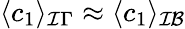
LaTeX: \langle c_{1}\rangle_{\mathcal I\Gamma}\approx\langle c_{1}\rangle_{\mathcal{IB}}